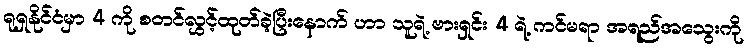
ရုရှနိုင်ငံမှာ 4 ကို စတင်လွှင့်ထုတ်ခဲ့ပြီးနောက် ဟာ သူရဲ့ ဗားရှင်း 4 ရဲ့ ကင်မရာ အရည်အသွေးကို